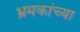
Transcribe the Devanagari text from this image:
भ्रमकांच्या